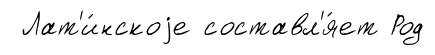
Лат'и́нскоjе составл'я́ет Род